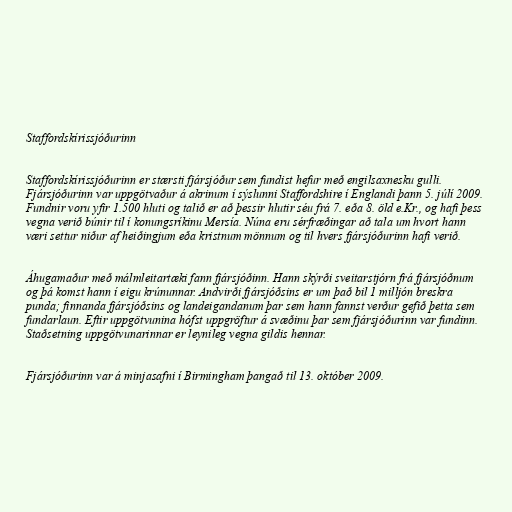
Staffordskírissjóðurinn

Staffordskírissjóðurinn er stærsti fjársjóður sem fundist hefur með engilsaxnesku gulli.
Fjársjóðurinn var uppgötvaður á akrinum í sýslunni Staffordshire í Englandi þann 5. júlí 2009.
Fundnir voru yfir 1.500 hluti og talið er að þessir hlutir séu frá 7. eða 8. öld e.Kr., og hafi þess
vegna verið búnir til í konungsríkinu Mersía. Núna eru sérfræðingar að tala um hvort hann
væri settur niður af heiðingjum eða kristnum mönnum og til hvers fjársjóðurinn hafi verið.

Áhugamaður með málmleitartæki fann fjársjóðinn. Hann skýrði sveitarstjórn frá fjársjóðnum
og þá komst hann í eigu krúnunnar. Andvirði fjársjóðsins er um það bil 1 milljón breskra
punda; finnanda fjársjóðsins og landeigandanum þar sem hann fannst verður gefið þetta sem
fundarlaun. Eftir uppgötvunina hófst uppgröftur á svæðinu þar sem fjársjóðurinn var fundinn.
Staðsetning uppgötvunarinnar er leynileg vegna gildis hennar.

Fjársjóðurinn var á minjasafni í Birmingham þangað til 13. október 2009.